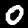
Label: 0